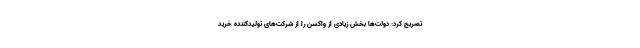
تصریح کرد: دولت‌ها بخش زیادی از واکسن را از شرکت‌های تولیدکننده خرید